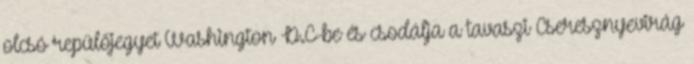
olcsó repülőjegyet Washington D.C-be és csodálja a tavaszi Cseresznyevirág